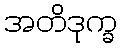
အတိဒုက္ခ